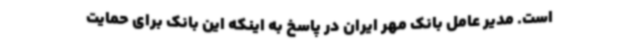
است. مدیر عامل بانک مهر ایران در پاسخ به اینکه این بانک برای حمایت